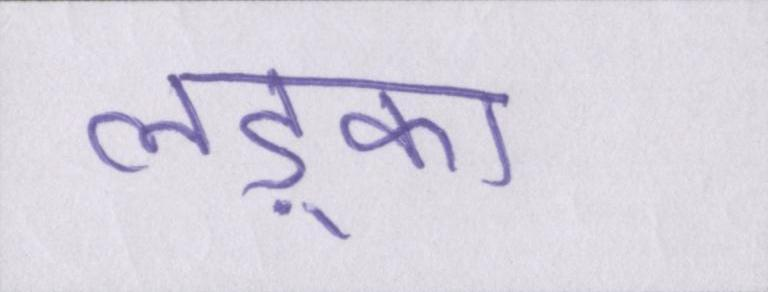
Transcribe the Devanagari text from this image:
लड़्का